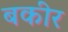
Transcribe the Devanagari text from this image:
बकीर